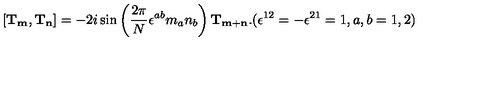
[ { \bf T } _ { \bf m } , { \bf T } _ { \bf n } ] = - 2 i \sin \left( { \frac { 2 \pi } { N } } \epsilon ^ { a b } m _ { a } n _ { b } \right) { \bf T } _ { \bf m + n } . ( \epsilon ^ { 1 2 } = - \epsilon ^ { 2 1 } = 1 , a , b = 1 , 2 )